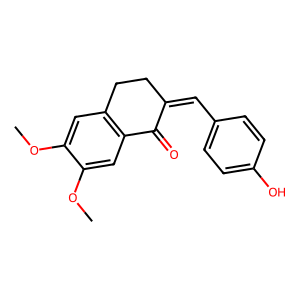
SMILES: COc1cc2c(cc1OC)C(=O)C(=Cc1ccc(O)cc1)CC2
Inhibits HIV replication: No